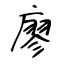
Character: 廖